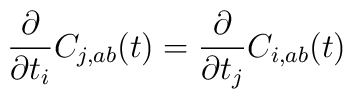
\frac{\partial}{\partial t_i} C_{j,ab}(t)=\frac{\partial}{\partial t_j}C_{i,ab}(t)